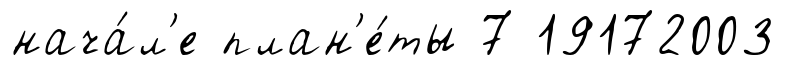
нача́л'е план'е́ты 7 19172003